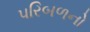
પરિબળનો